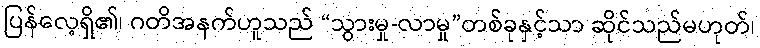
ပြန်လေ့ရှိ၏၊ ဂတိအနက်ဟူသည် “သွားမှု-လာမှု”တစ်ခုနှင့်သာ ဆိုင်သည်မဟုတ်၊